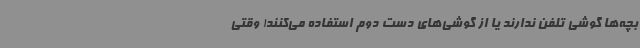
بچه‌ها گوشی تلفن ندارند یا از گوشی‌های دست دوم استفاده می‌کنند! وقتی